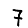
Digit: 7